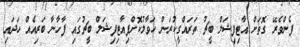
ފެންވެރޭ ގޮތަށް އާޓިފިޝަލް ބީޗު ތަރައްގީކުރަން ހަވާލުކޮށްފިއާޓިފިޝަލް ބީޗުގައި ފާހާނާ ބަރިއެއް ހަދައި